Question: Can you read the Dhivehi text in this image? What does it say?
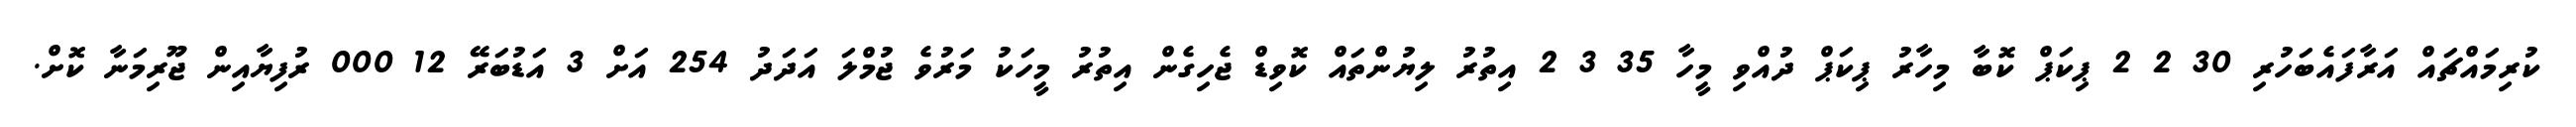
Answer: ކުރިމައްޗައް އަރާފައެބަހުރި 30 2 2 ޕިކަޕް ކޮބާ މިހާރު ޕިކަޕް ދުއްވި މީހާ 35 3 2 އިތުރު ލިޔުންތައް ކޮވިޑް ޖެހިގެން އިތުރު މީހަކު މަރުވެ ޖުމްލަ އަދަދު 254 އަށް 3 އަޑުބަރޭ 12 000 ރުފިޔާއިން ޖޫރިމަނާ ކޮށް.